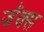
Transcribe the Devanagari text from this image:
जॅक्स